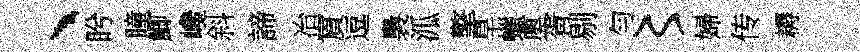
、盻瞳鯽巉斜諦冶賔逗裊泒擎旱蠟奧胥剔勻〻婦传耨